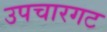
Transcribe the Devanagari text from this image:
उपचारगट